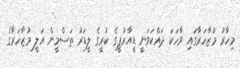
މިހާރު މުޒާހަރާގައި ވާހަކަ ދައްކަވަނީ ޑީއާރުޕީގެ ކުރީގެ ލީޑަރު ތަސްމީން އަލީ މުޒާހަރާގެ